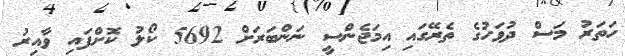
ހަތަރު މަސް ދުވަހުގެ ތެރޭގައި އިމަޖެންސީ ނަންބަރަށް 5692 ކޯލު ކޮށްފައި ވާއިރު